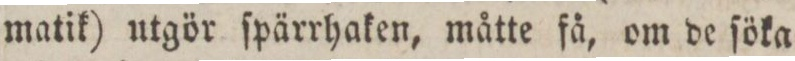
matik) utgör ſpärrhaken, måtte få, om de ſöka